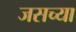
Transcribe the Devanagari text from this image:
जसच्या